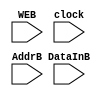
module memB(input WEB,input clock,input[7:0]DataInB, input[1:0]AddrB);

reg [7:0]MemB[0:3];

always @(posedge clock)
begin

if (WEB)
begin
MemB[AddrB] <= DataInB;
end

end
endmodule